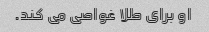
او برای طلا غواصی می کند.